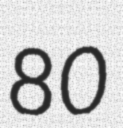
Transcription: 80